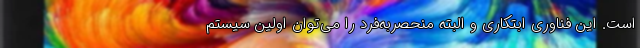
است. این فناوری ابتکاری و البته منحصر‌به‌فرد را می‌توان اولین سیستم